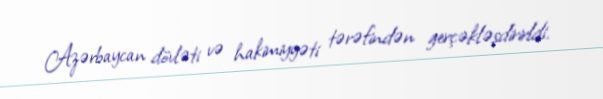
Azərbaycan dövləti və hakimiyyəti tərəfindən gerçəkləşdirirldi.